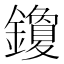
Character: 𰽒